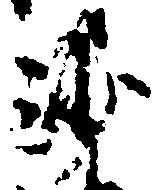
沙